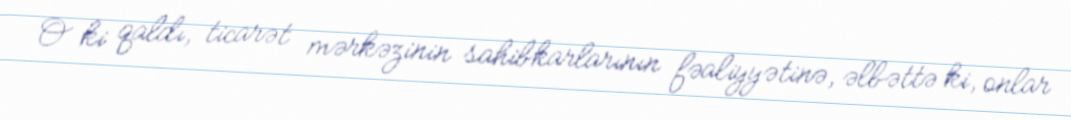
O ki qaldı, ticarət mərkəzinin sahibkarlarının fəaliyyətinə, əlbəttə ki, onlar